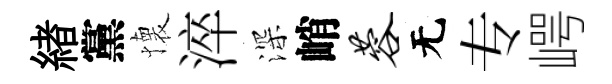
緖黨懐淬深峭蓉无专崿